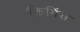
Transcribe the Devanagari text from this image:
किमिंस